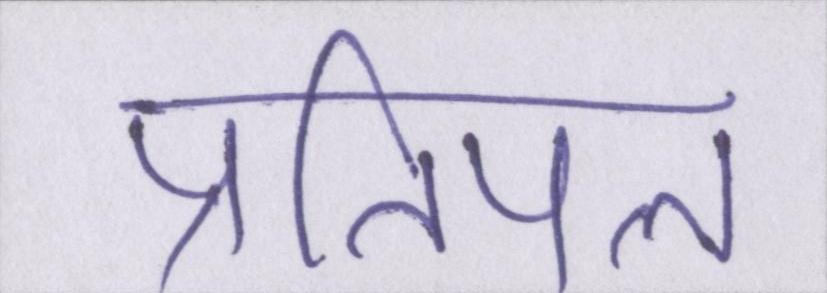
प्रतिपल